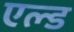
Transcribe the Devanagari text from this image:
एल्ड